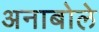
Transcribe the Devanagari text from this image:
अनाबोले